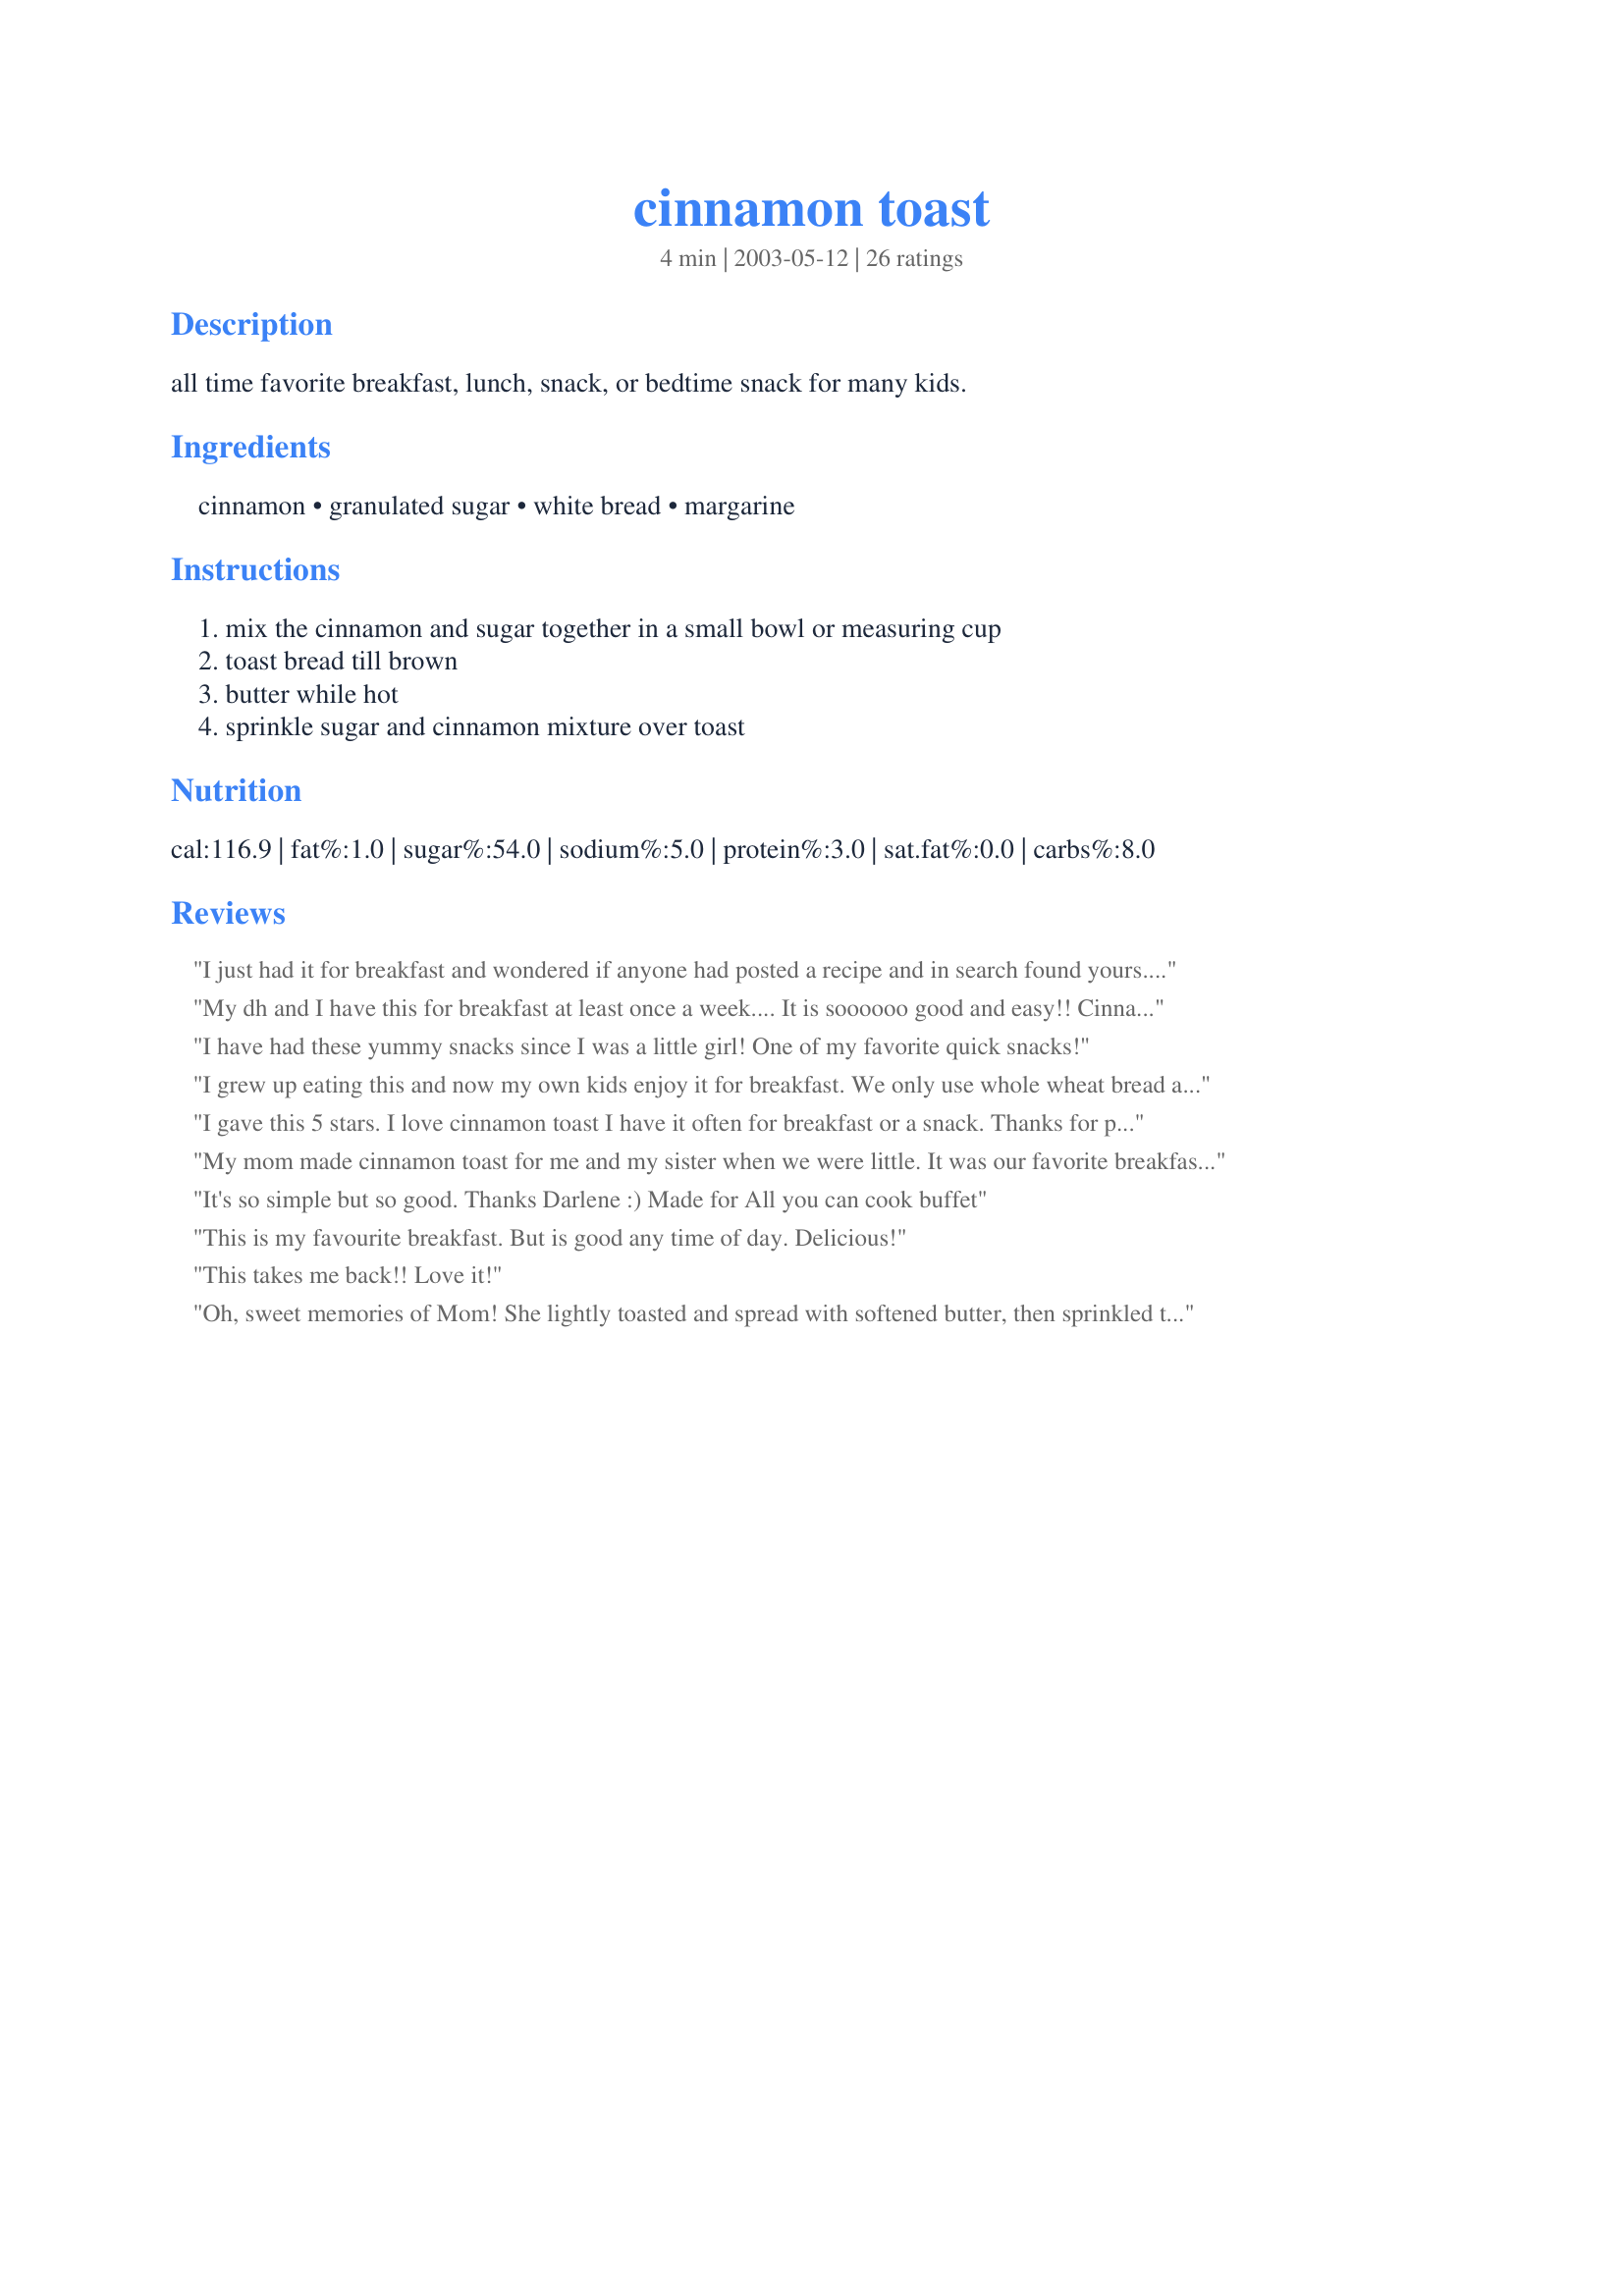
cinnamon toast
Preparation time: 4 minutes

all time favorite breakfast, lunch, snack, or bedtime snack for many kids.

Ingredients:
cinnamon, granulated sugar, white bread, margarine

Steps:
mix the cinnamon and sugar together in a small bowl or measuring cup, toast bread till brown, butter while hot, sprinkle sugar and cinnamon mixture over toast

Reviews:
 I just had it for breakfast and wondered if anyone had posted a recipe and in search found yours. This is one of lifes simple pleasures - loved it as a child and still love it now. I ate it before taking a picture but will have it soon again and will "snap" it for your recipe. Thanks Darlene
My dh and I have this for breakfast at least once a week.... It is soooooo good and easy!! Cinnamon toast always reminds me of my Emaw. Thanks for sharing.
I have had these yummy snacks since I was a little girl! One of my favorite quick snacks!
I grew up eating this and now my own kids enjoy it for breakfast. We only use whole wheat bread and it still tastes great. Thanks for posting this kid pleaser :)
I gave this 5 stars. I love cinnamon toast I have it often for breakfast or a snack. Thanks for posting a great recipe. Christine (internetnut)
My mom made cinnamon toast for me and my sister when we were little. It was our favorite breakfast. She would spread the butter on the bread, sprinkle on the sugar, top with cinnamon and then broil them until the sugar bubbled. I loved the crunchy cinnamon topping.
It's so simple but so good. Thanks Darlene :) Made for All you can cook buffet
This is my favourite breakfast. But is good any time of day. Delicious!
This takes me back!! Love it!
Oh, sweet memories of Mom! She lightly toasted and spread with softened butter, then sprinkled the cinnamon sugar on and broiled it in the oven until bubbly. THEN, drizzled a glaze over it made from powdered sugar, a little milk and vanilla. Like a cinnamon roll!
My mother made these for me and my 3 sisters growing up and we all loved them! She did it a little different though she buttered the bread then added the sugar and cinnamon and put them on a cookie sheet in the oven for a few minutes. I have tried it from the toaster but I think it tastes better from the oven.
You rock Darlene! I haven't had this since I was a kid, yum! I'm out of breakfast food and wanted to eat something before I head to the grocery store (hungry and the grocery store don't mix well). I did have bread and the condiments. Thanks for reminding be of this treat!
I so made this a couple of nights ago!! I was just randomly craving cinnamon toast. I remember making this when I was like 8. It was in my Polly Pocket cookbook.
This is the ULTIMATE breakfast/snacking toast! The key is to use lots of margarine, and spread it on while the toast is hot. I think I quite possibly could eat a whole loaf of bread this way! Although I usually prefer to use wheat bread in recipes, this one is definitely better with white bread! Have been eating this since I was a wee one, and have no plans of ever stopping!! Thanks for posting
~Manda
This was Mom's standby (along with a cup of tea) to make us feel better when we were sick. It is still the first thing I make when I'm recovering from something and I make it a lot of times in between. True comfort food!
Wow, what a find. I haven't thought of making this in years. My mother and grandmother used to make cinnamon toast regularly as a snack or to tide us over before it was meal time. It's awesome anytime. Now that my memory has been refreshed, I will be making this for my own grandchildren. Thanks for putting this out there for many of us to recollect childhood memories of a simple treat that put a smile on my sisters, brother and my face. YUMMY!
My eldest son made me this for mothers day. A real treat! Thanks!
My grandmother actually used to make this for us for breakfast when we stayed the night at her house. She always used cracked wheat bread, so when I tried making it myself at home, it was just never the same with the white bread we always bought! So I definitely recommend using whole wheat! I have actually just made this a few times recently using whole wheat English muffins, and it is quite tasty that way too :)
My kids loved this recipe. I encouraged my 10 year old daughter to help make it so on days I'm working she can make it by herself. They said they would rather have this Cinnamon toast than the Cinna-Minnies at that fast food place their dad takes them. Cheaper too!!
This recipe made an easy and lovely breakfast for Dh and I. I used butter and brown sugar and grilled it in the oven.
I actually just made this to try out Baking Spice - copy cat Pampered chef Cinnamon Plus (#45672) by dayla and just decided to try a recipe. Good basic recipe, but I find that even with VERY generous application 1/2 Tbs of cinnamon-sugar is plenty for 1 piece of toast. I halved the recipe and got enough sugar for two pieces. Thanks for posting- good childhood memories (and a good way for me to test out my new Cinnamon Plus!)
Brings back memories of childhood, one of my favorite snacks!
The only difference is I use real butter that is softened, butter the bread, sprinkle with cinnamon and sugar mixture and toast until bubbly. Have made this for years and years. My son even called me at work one day to ask how to make this. On the memories.
I used cinnamon and sugar mix #41463 which is the same ratio only x8. My grandma used to make this for me when I was a kid and I like to make it for my kids when they need a treat. Thanks!
I LOVE cinnamon sugar toast. In fact, sometimes when I'm craving something sweet, this is what I'll make. Delicious! We have this for breakfast many times during the week and we also have this for a snack! Love it!
This is a classic! Sometimes I use brown sugar instead of white .. I also broil it sometimes instead of toasting .. thanks for sharing!
